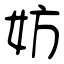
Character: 妨